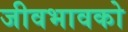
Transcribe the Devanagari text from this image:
जीवभावको